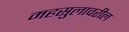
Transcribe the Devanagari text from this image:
महसुलावरील